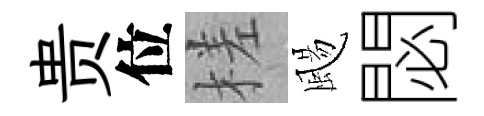
贵位槎颺閟